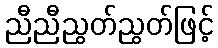
ညီညီညွတ်ညွတ်ဖြင့်